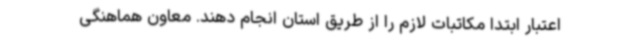
اعتبار ابتدا مکاتبات لازم را از طریق استان انجام دهند. معاون هماهنگی